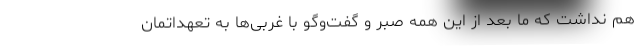
هم نداشت که ما بعد از این همه صبر و گفت‌وگو با غربی‌ها به تعهدا‌تمان